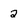
Character: 2